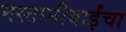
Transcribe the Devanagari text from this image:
मस्तानीबाईंचा